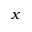
x